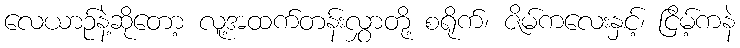
လေယာဉ်နဲ့ဆိုတော့ လူ့အထက်တန်းလွှာတို့ စရိုက်၊ ဇိမ်ကလေးနှင့်၊ ငြိမ့်ကနဲ